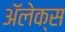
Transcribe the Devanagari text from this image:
अॅलेक्स